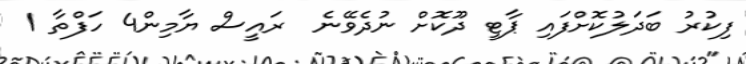
ފިކުރު ބަދަލުކޮށްފައި ޕާޓީ ދޫކޮށް ނުދެވޭނެ  ރައީސް ޔާމިން4 ހަފްތާ 1